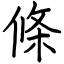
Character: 條